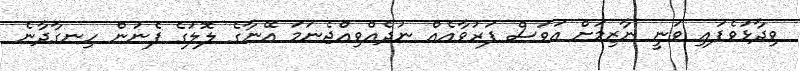
ވިދާޅުވެފައި ވަނީ ނާޒިމަށް އަވަސް ފަރުވާއެއް ނުދެއްވިއްޖެނަމަ އޭނާގެ ލޮލުގެ ފެނުން ހިނގާދާނެ